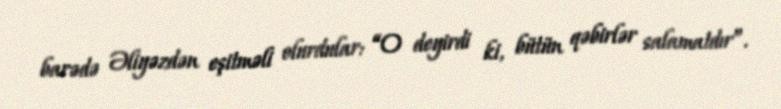
barədə Əliyəzdən eşitməli olurdular: “O deyirdi ki, bütün qəbirlər salamatdır”.